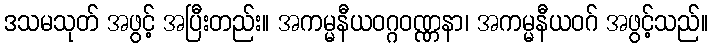
ဒသမသုတ် အဖွင့် အပြီးတည်း။ အကမ္မနီယဝဂ္ဂဝဏ္ဏနာ၊ အကမ္မနီယဝဂ် အဖွင့်သည်။